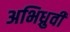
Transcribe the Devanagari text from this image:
अभिध्रुवी